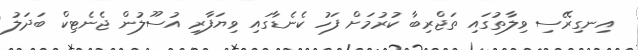
އިނގިރޭސި ވިލާތުގައި ތަޖްރިބާ ކުރުމަށް ފަހު ކެނެޑާގައި ވިޔަފާރި އުސޫލުން ޖެނެޓިކް ބަދަލު